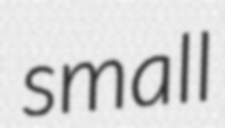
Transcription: small